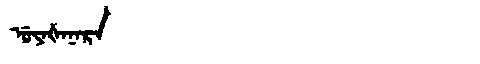
Manchu: ᡠᠶᠠᡧᠠᠨᠠᡵᠠ
Romanization: UYAŠANARA